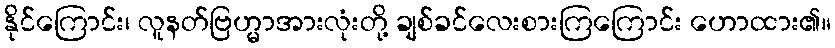
နိုင်ကြောင်း၊ လူနတ်ဗြဟ္မာအားလုံးတို့ ချစ်ခင်လေးစားကြကြောင်း ဟောထား၏။